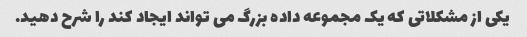
یکی از مشکلاتی که یک مجموعه داده بزرگ می تواند ایجاد کند را شرح دهید.